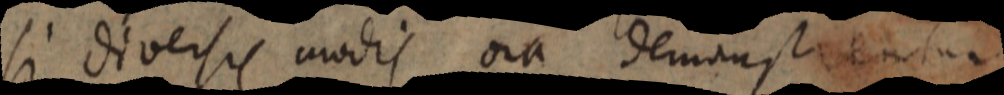
si diversis modis oia demonstrentur